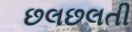
છલછલતી